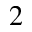
_ 2